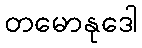
တမောနုဒေါ